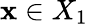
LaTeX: \mathbf{x}\in X_{1}